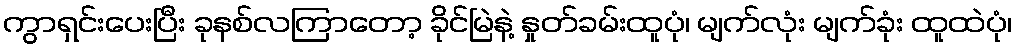
ကွာရှင်းပေးပြီး ခုနစ်လကြာတော့ ခိုင်မြဲနဲ့ နှုတ်ခမ်းထူပုံ၊ မျက်လုံး မျက်ခုံး ထူထဲပုံ၊